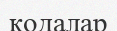
кодалар